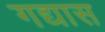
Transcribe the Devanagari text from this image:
गद्यास